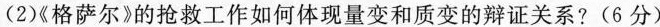
(2)《格萨尔》的抢救工作如何体现量变和质变的辩证关系?(6分)